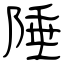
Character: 陲